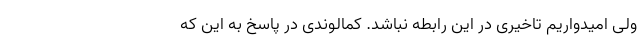
ولی امیدواریم تاخیری در این رابطه نباشد. کمالوندی در پاسخ به این که